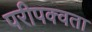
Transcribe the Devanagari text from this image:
परीपक्वता